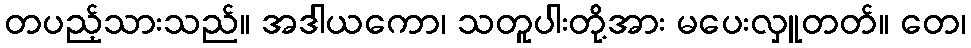
တပည့်သားသည်။ အဒါယကော၊ သတူပါးတို့အား မပေးလှူတတ်။ တေ၊